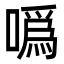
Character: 噅